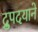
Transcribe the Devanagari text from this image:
द्रुपदयाने